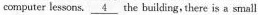
computer lessons. \underline{4} the building, there is a small